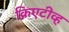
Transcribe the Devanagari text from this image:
क्रिएटीव्ह